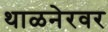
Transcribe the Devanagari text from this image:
थाळनेरवर